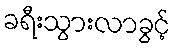
ခရီးသွားလာခွင့်